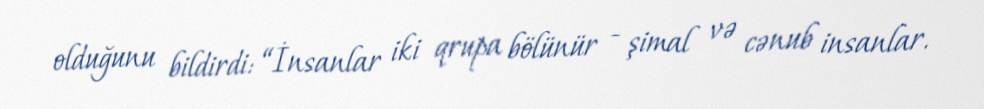
olduğunu bildirdi: “İnsanlar iki qrupa bölünür - şimal və cənub insanlar.